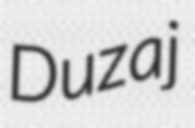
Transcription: Duzaj